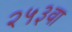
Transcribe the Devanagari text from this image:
२५३वा